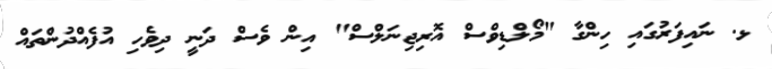
ޅ. ނައިފަރުގައި ހިންގާ "މޯލްޑިވްސް އޮރިޖިނަލްސް" އިން ވެސް ދަނީ ދިވެހި އުފެއްދުންތައް